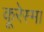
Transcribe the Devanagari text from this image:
कूरेस्मा